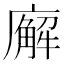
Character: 廨